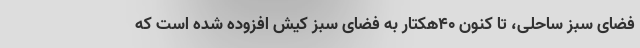
فضای سبز ساحلی، تا کنون 40هکتار به فضای سبز کیش افزوده شده است که